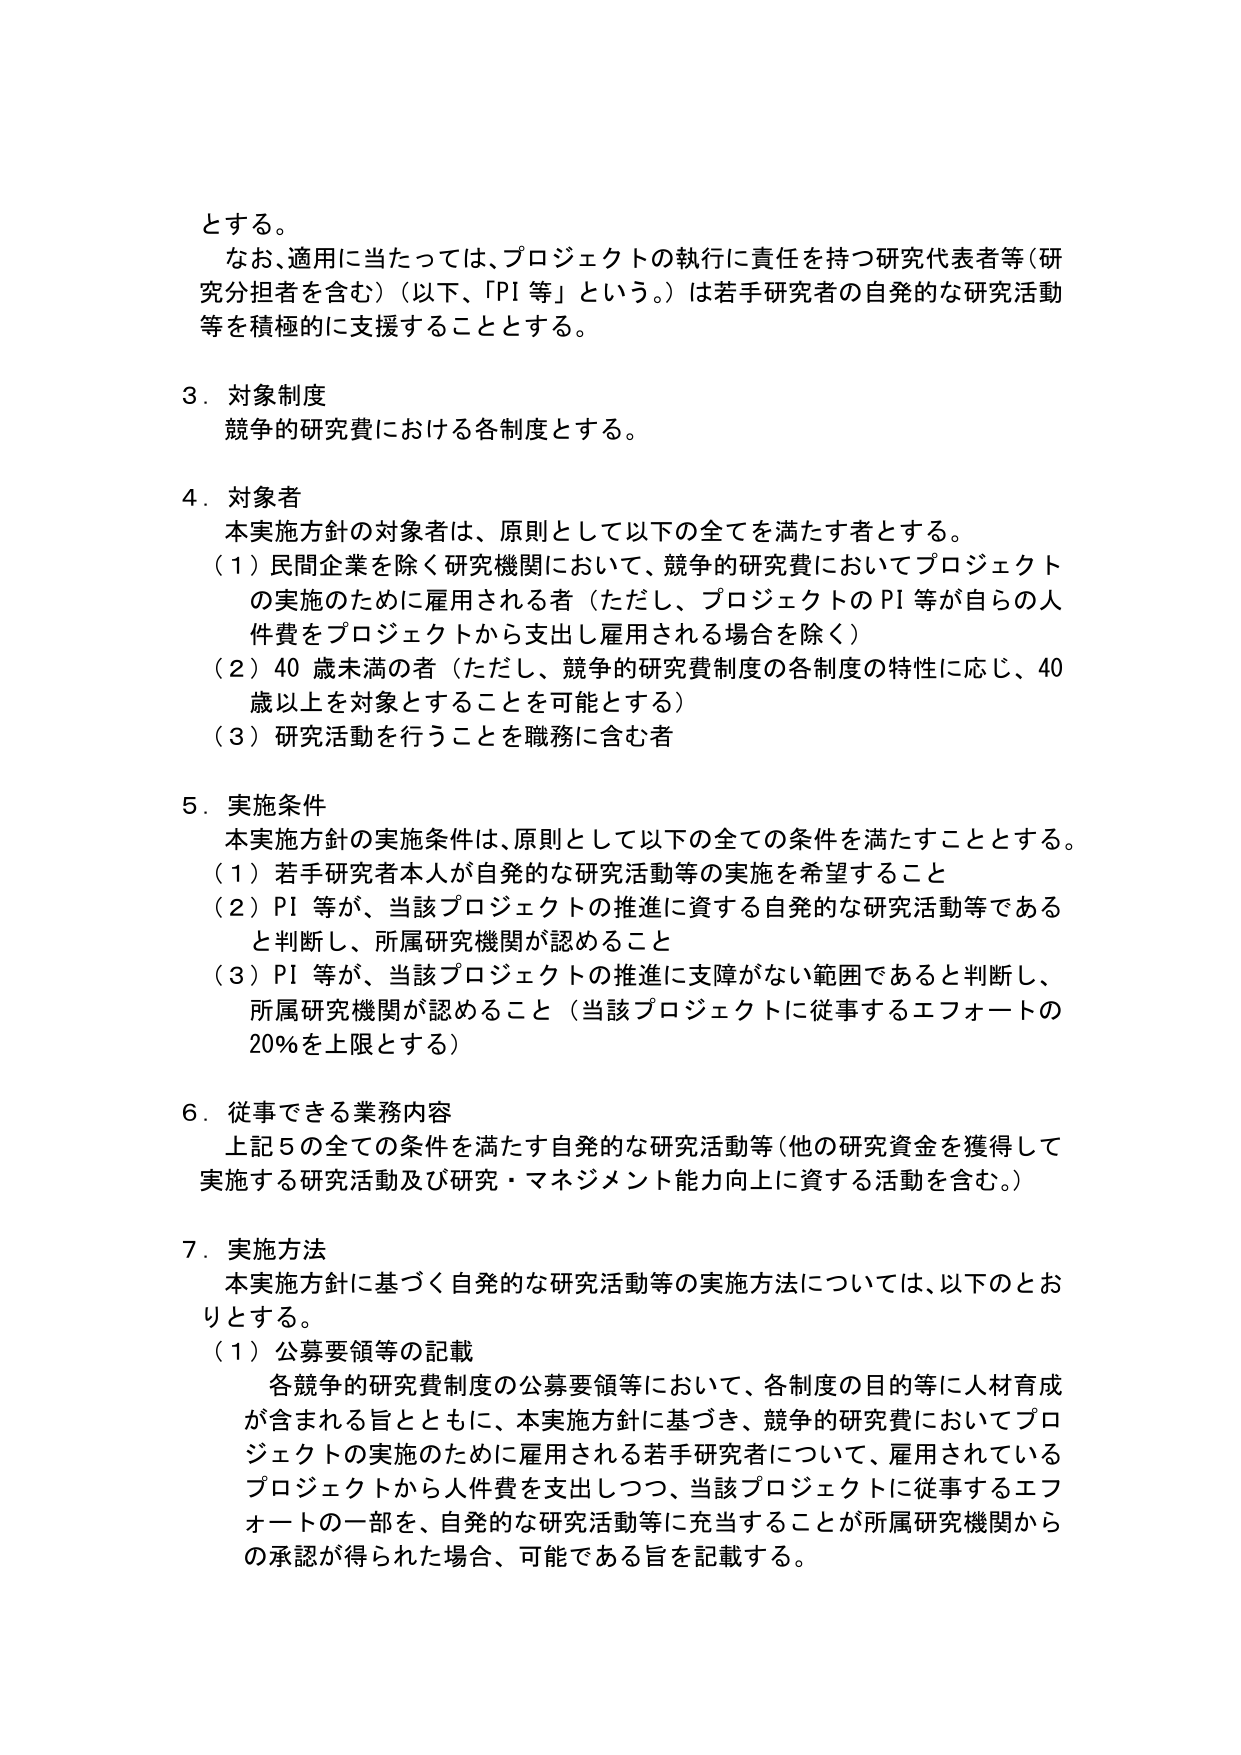
とする。

なお、適用に当たっては、プロジェクトの執行に責任を持つ研究代表者等（研究分担者を含む）（以下、「PI 等」という。）は若手研究者の自発的な研究活動等を積極的に支援することとする。

3．対象制度
競争的研究費における各制度とする。

4．対象者
本実施方針の対象者は、原則として以下の全てを満たす者とする。
（1）民間企業を除く研究機関において、競争的研究費においてプロジェクトの実施のために雇用される者（ただし、プロジェクトのPI 等が自らの人件費をプロジェクトから支出し雇用される場合を除く）
（2）40 歳未満の者（ただし、競争的研究費制度の各制度の特性に応じ、40歳以上を対象とすることを可能とする）
（3）研究活動を行うことを職務に含む者

5．実施条件
本実施方針の実施条件は、原則として以下の全ての条件を満たすこととする。
（1）若手研究者本人が自発的な研究活動等の実施を希望すること
（2）PI 等が、当該プロジェクトの推進に資する自発的な研究活動等であると判断し、所属研究機関が認めるること
（3）PI 等が、当該プロジェクトの推進に支障がない範囲であると判断し、所属研究機関が認めるること（当該プロジェクトに従事するエフォートの20％を上限とする）

6．従事できる業務内容
上記5の全ての条件を満たす自発的な研究活動等（他の研究資金を獲得して実施する研究活動及び研究・マネジメント能力向上に資する活動を含む。）

7．実施方法
本実施方針に基づく自発的な研究活動等の実施方法については、以下のとおりとする。
（1）公募要領等の記載
各競争的研究費制度の公募要領等において、各制度の目的等に人材育成が含まれる旨とともに、本実施方針に基づき、競争的研究費においてプロジェクトの実施のために雇用される若手研究者について、雇用されているプロジェクトから人件費を支出しつつ、当該プロジェクトに従事するエフォートの一部を、自発的な研究活動等に充当することが所属研究機関からの承認が得られた場合、可能である旨を記載する。